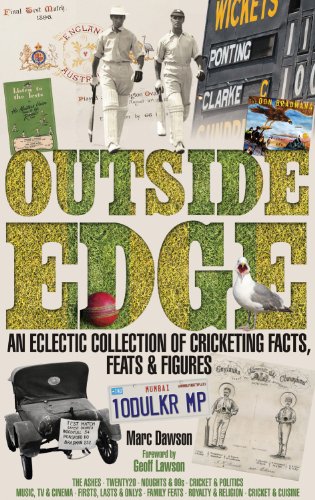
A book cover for Outside Edge: An Eclectic Collection of Cricketing Facts, Feats & Figures; Marc Dawson; Sports & Outdoors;